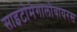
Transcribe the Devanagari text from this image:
साइटोमेगालोवायरस